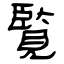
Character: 覧